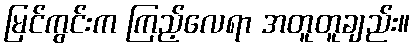
မြင်ကွင်းက ကြည့်လေရာ အတူတူချည်း။